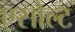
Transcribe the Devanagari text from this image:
एसौल्ट